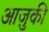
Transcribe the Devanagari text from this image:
आज़ुकी